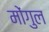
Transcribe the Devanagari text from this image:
मोंगुल